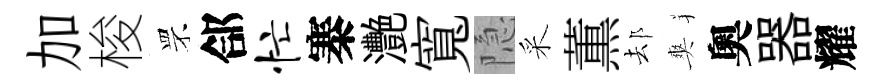
加梭罘郃忙寨灧寬隐采薫𨚫爽奧器耀